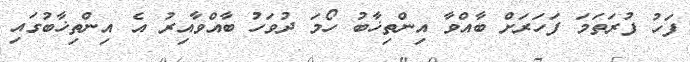
ފަހު ފުރަތަމަ ފަހަރަށް ބާއްވާ އިންތިޚާބު ހޯމަ ދުވަހު ބާއްވާއިރު އެ އިންތިޚާބުގައި